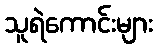
သူရဲကောင်းများ